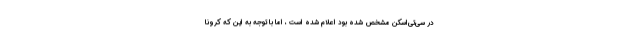
در سی‌تی‌اسکن مشخص شده بود اعلام شده است ، اما با توجه به این که کرونا